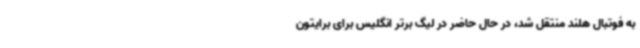
به فوتبال هلند منتقل شد، در حال حاضر در لیگ برتر انگلیس برای برایتون